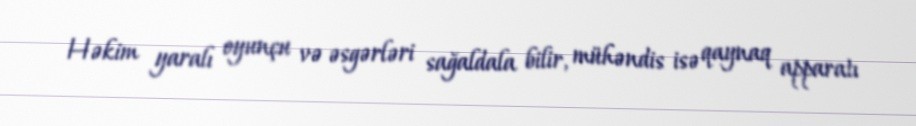
Həkim yaralı oyunçu və əsgərləri sağaldala bilir, mühəndis isə qaynaq apparatı